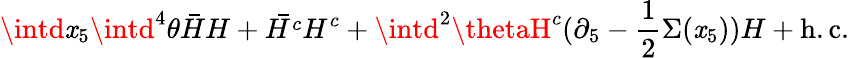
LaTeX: \intd\mathit{x}_{5}\intd^{4}\theta\bar{{H}}H+\bar{{H^{c}}}H^{c}+\intd^{2}\thetaH^{c}(\partial_{5}-\frac{{1}}{{2}}\Sigma(\mathit{x}_{5}))H+\mathrm{{h.c.}}